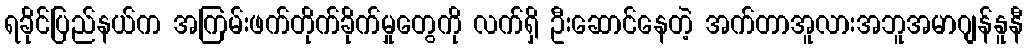
ရခိုင်ပြည်နယ်က အကြမ်းဖက်တိုက်ခိုက်မှုတွေကို လက်ရှိ ဦးဆောင်နေတဲ့ အက်တာအူလားအဘူအမာဂျန်နူနီ